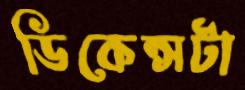
ডিকেন্সটা